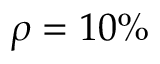
\rho = 1 0 \%